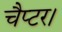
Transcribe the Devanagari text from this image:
चैप्टर।